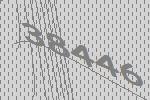
38446